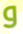
و